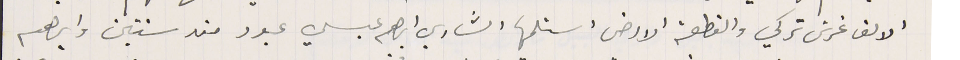
الالف غرش تركي والقطعة الارض استلمها الشاري إبرهيم عيسى عبود منذ سنتين وابرهىم